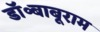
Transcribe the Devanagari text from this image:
डॉ॰बाबूराम